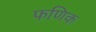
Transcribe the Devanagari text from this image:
फणिक